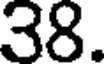
38.